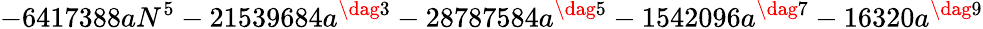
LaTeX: -6417388aN^{5}-21539684a^{\dag 3}-28787584a^{\dag 5}-1542096a^{\dag 7}-16320a^{\dag 9}